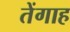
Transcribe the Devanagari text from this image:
तेंगाह